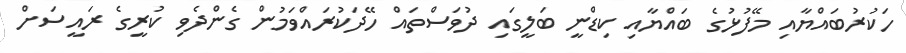
ހަކުރުބައްޔާއި މޭފުޅުގެ ބައްޔާއި ކިޑްނީ ބަލީގައި ދުވަސްތައް ހޭދަކުރައްވަމުން ގެންދެވި ކުރީގެ ރައީސަށް